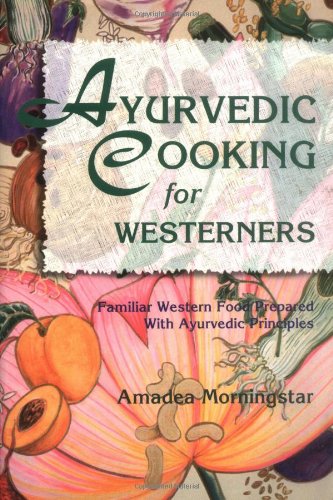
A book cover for Ayurvedic Cooking for Westerners: Familiar Western Food Prepared with Ayurvedic Principles; Amadea Morningstar; Health, Fitness & Dieting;